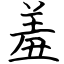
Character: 羞